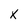
Character: X